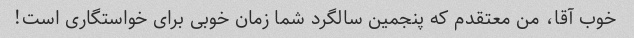
خوب آقا، من معتقدم که پنجمین سالگرد شما زمان خوبی برای خواستگاری است!